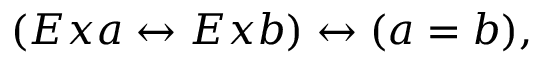
( E x a \leftrightarrow E x b ) \leftrightarrow ( a = b ) ,